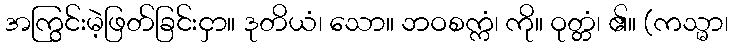
အကြွင်းမဲ့ဖြတ်ခြင်းငှာ။ ဒုတိယံ၊ သော။ ဘဝစက္ကံ၊ ကို။ ဝုတ္တံ၊ ၏။ (ကသ္မာ၊